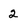
Character: 2